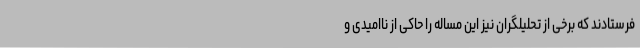
فرستادند که برخی از تحلیلگران نیز این مساله را حاکی از ناامیدی و